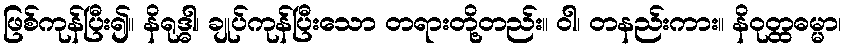
ဖြစ်ကုန်ပြီး၍။ နိရုဒ္ဓါ၊ ချုပ်ကုန်ပြီးသော တရားတို့တည်း။ ဝါ၊ တနည်းကား။ နိဝုတ္ထဓမ္မာ၊